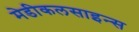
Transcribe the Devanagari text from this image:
मेडीकलसाइन्स